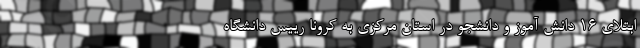
ابتلای 16 دانش آموز و دانشجو در استان مرکزی به کرونا رییس دانشگاه